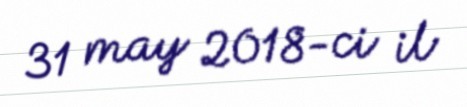
31 may 2018-ci il